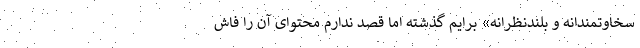
سخاوتمندانه و بلندنظرانه» برایم گذشته اما قصد ندارم محتوای آن را فاش